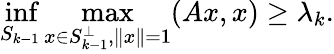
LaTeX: \operatorname*{inf}_{S_{k-1}}\operatorname*{max}_{x\in S_{k-1}^{\perp},\| x\| =1}(Ax,x)\geq\lambda_{k}.